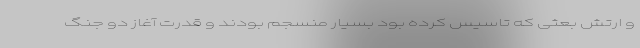
و ارتش بعثی که تاسیس کرده بود بسیار منسجم بودند و قدرت آغاز دو جنگ